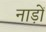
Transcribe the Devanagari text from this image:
नाड़ों